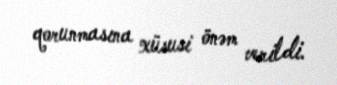
qorunmasına xüsusi önəm verildi.